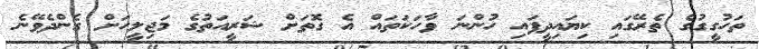
ތަހުގީގުގެ ތެރޭގައި ކިޔައިދީފައި ހުންނަ ވާހަކަތައް އެ ގޮތަށް ޝަރީއަތުގެ މަޖިލީހަށް ގެންދެވޭނެ